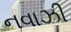
નવાઝી